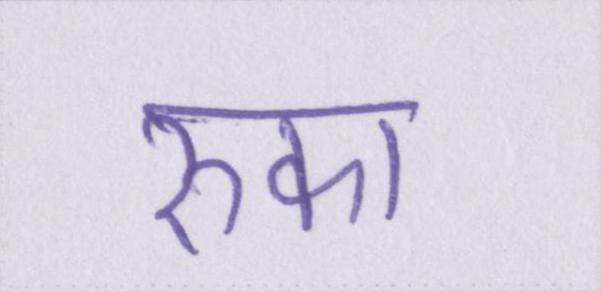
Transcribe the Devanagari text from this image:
रुका